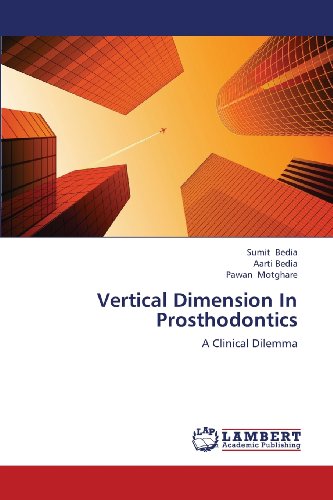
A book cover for Vertical Dimension In Prosthodontics: A Clinical Dilemma; Sumit Bedia; Medical Books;